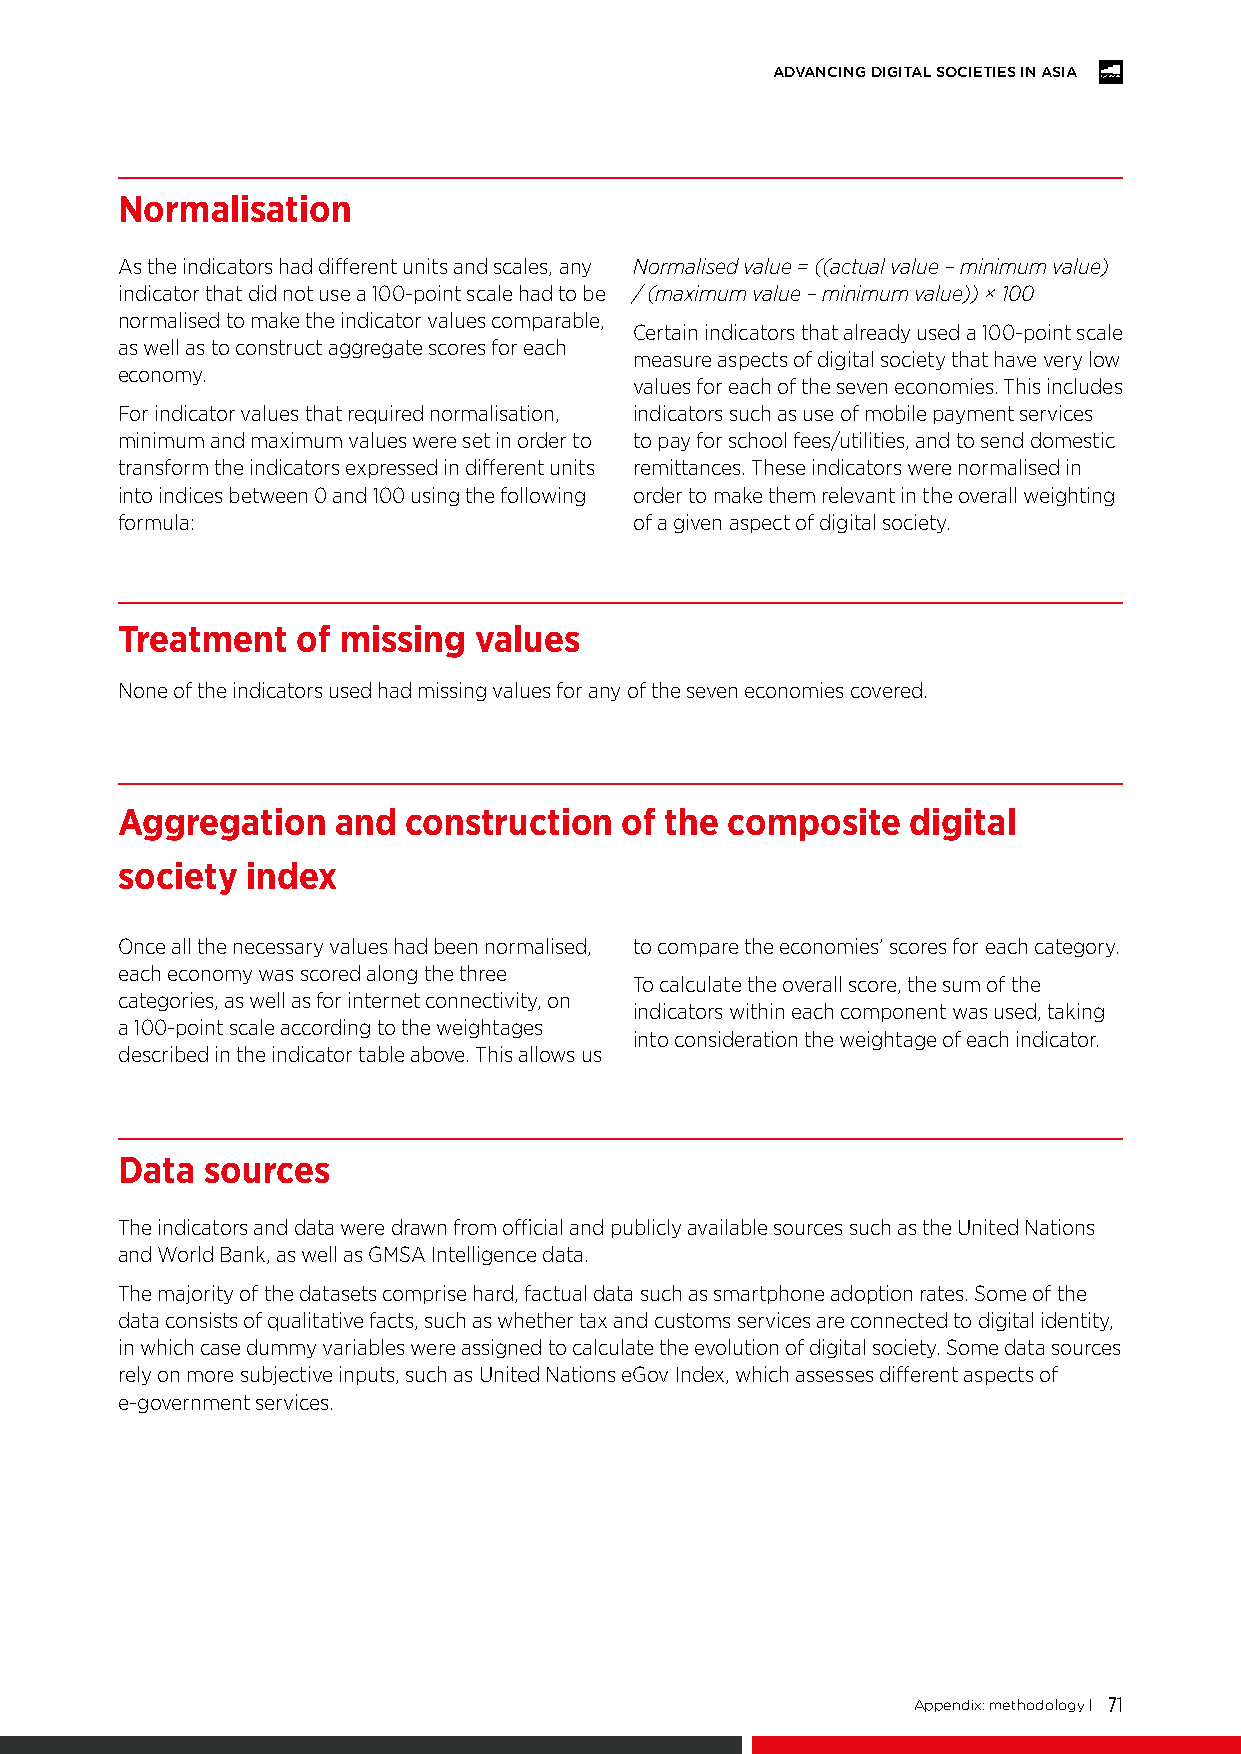
ADVANCING DIGITAL SOCIETIES IN ASIA
 Normalisation
 As the indicators had different units and scales, any Normalised value = ((actual value – minimum value)
 indicator that did not use a 100-point scale had to be / (maximum value – minimum value)) × 100
 normalised to make the indicator values comparable,
 Certain indicators that already used a 100-point scale
 as well as to construct aggregate scores for each
 measure aspects of digital society that have very low
 economy.
 values for each of the seven economies. This includes
 For indicator values that required normalisation, indicators such as use of mobile payment services
 minimum and maximum values were set in order to to pay for school fees/utilities, and to send domestic
 transform the indicators expressed in different units remittances. These indicators were normalised in
 into indices between 0 and 100 using the following order to make them relevant in the overall weighting
 formula:                          of a given aspect of digital society.
 Treatment   of missing values
 None of the indicators used had missing values for any of the seven economies covered.
 Aggregation   and  construction  of the composite   digital
 society index
 Once all the necessary values had been normalised, to compare the economies’ scores for each category.
 each economy was scored along the three
 To calculate the overall score, the sum of the
 categories, as well as for internet connectivity, on
 indicators within each component was used, taking
 a 100-point scale according to the weightages
 into consideration the weightage of each indicator.
 described in the indicator table above. This allows us
 Data  sources
 The indicators and data were drawn from official and publicly available sources such as the United Nations
 and World Bank, as well as GMSA Intelligence data.
 The majority of the datasets comprise hard, factual data such as smartphone adoption rates. Some of the
 data consists of qualitative facts, such as whether tax and customs services are connected to digital identity,
 in which case dummy variables were assigned to calculate the evolution of digital society. Some data sources
 rely on more subjective inputs, such as United Nations eGov Index, which assesses different aspects of
 e-government services.
 Appendix: methodology | 71